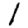
Digit: 1